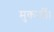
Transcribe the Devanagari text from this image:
मुकर्जी।